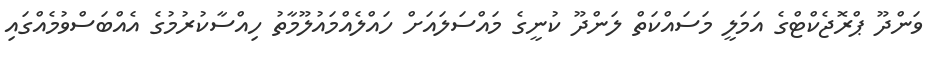
ވަންދޫ ޕްރޮޖެކްޓްގެ އަމަލީ މަސައްކަތް ލަންދޫ ކުނީގެ މައްސަލައަށް ހައްލެއްމައުލޫމާތު ހިއްސާކުރުމުގެ އެއްބަސްވުމެއްގައި